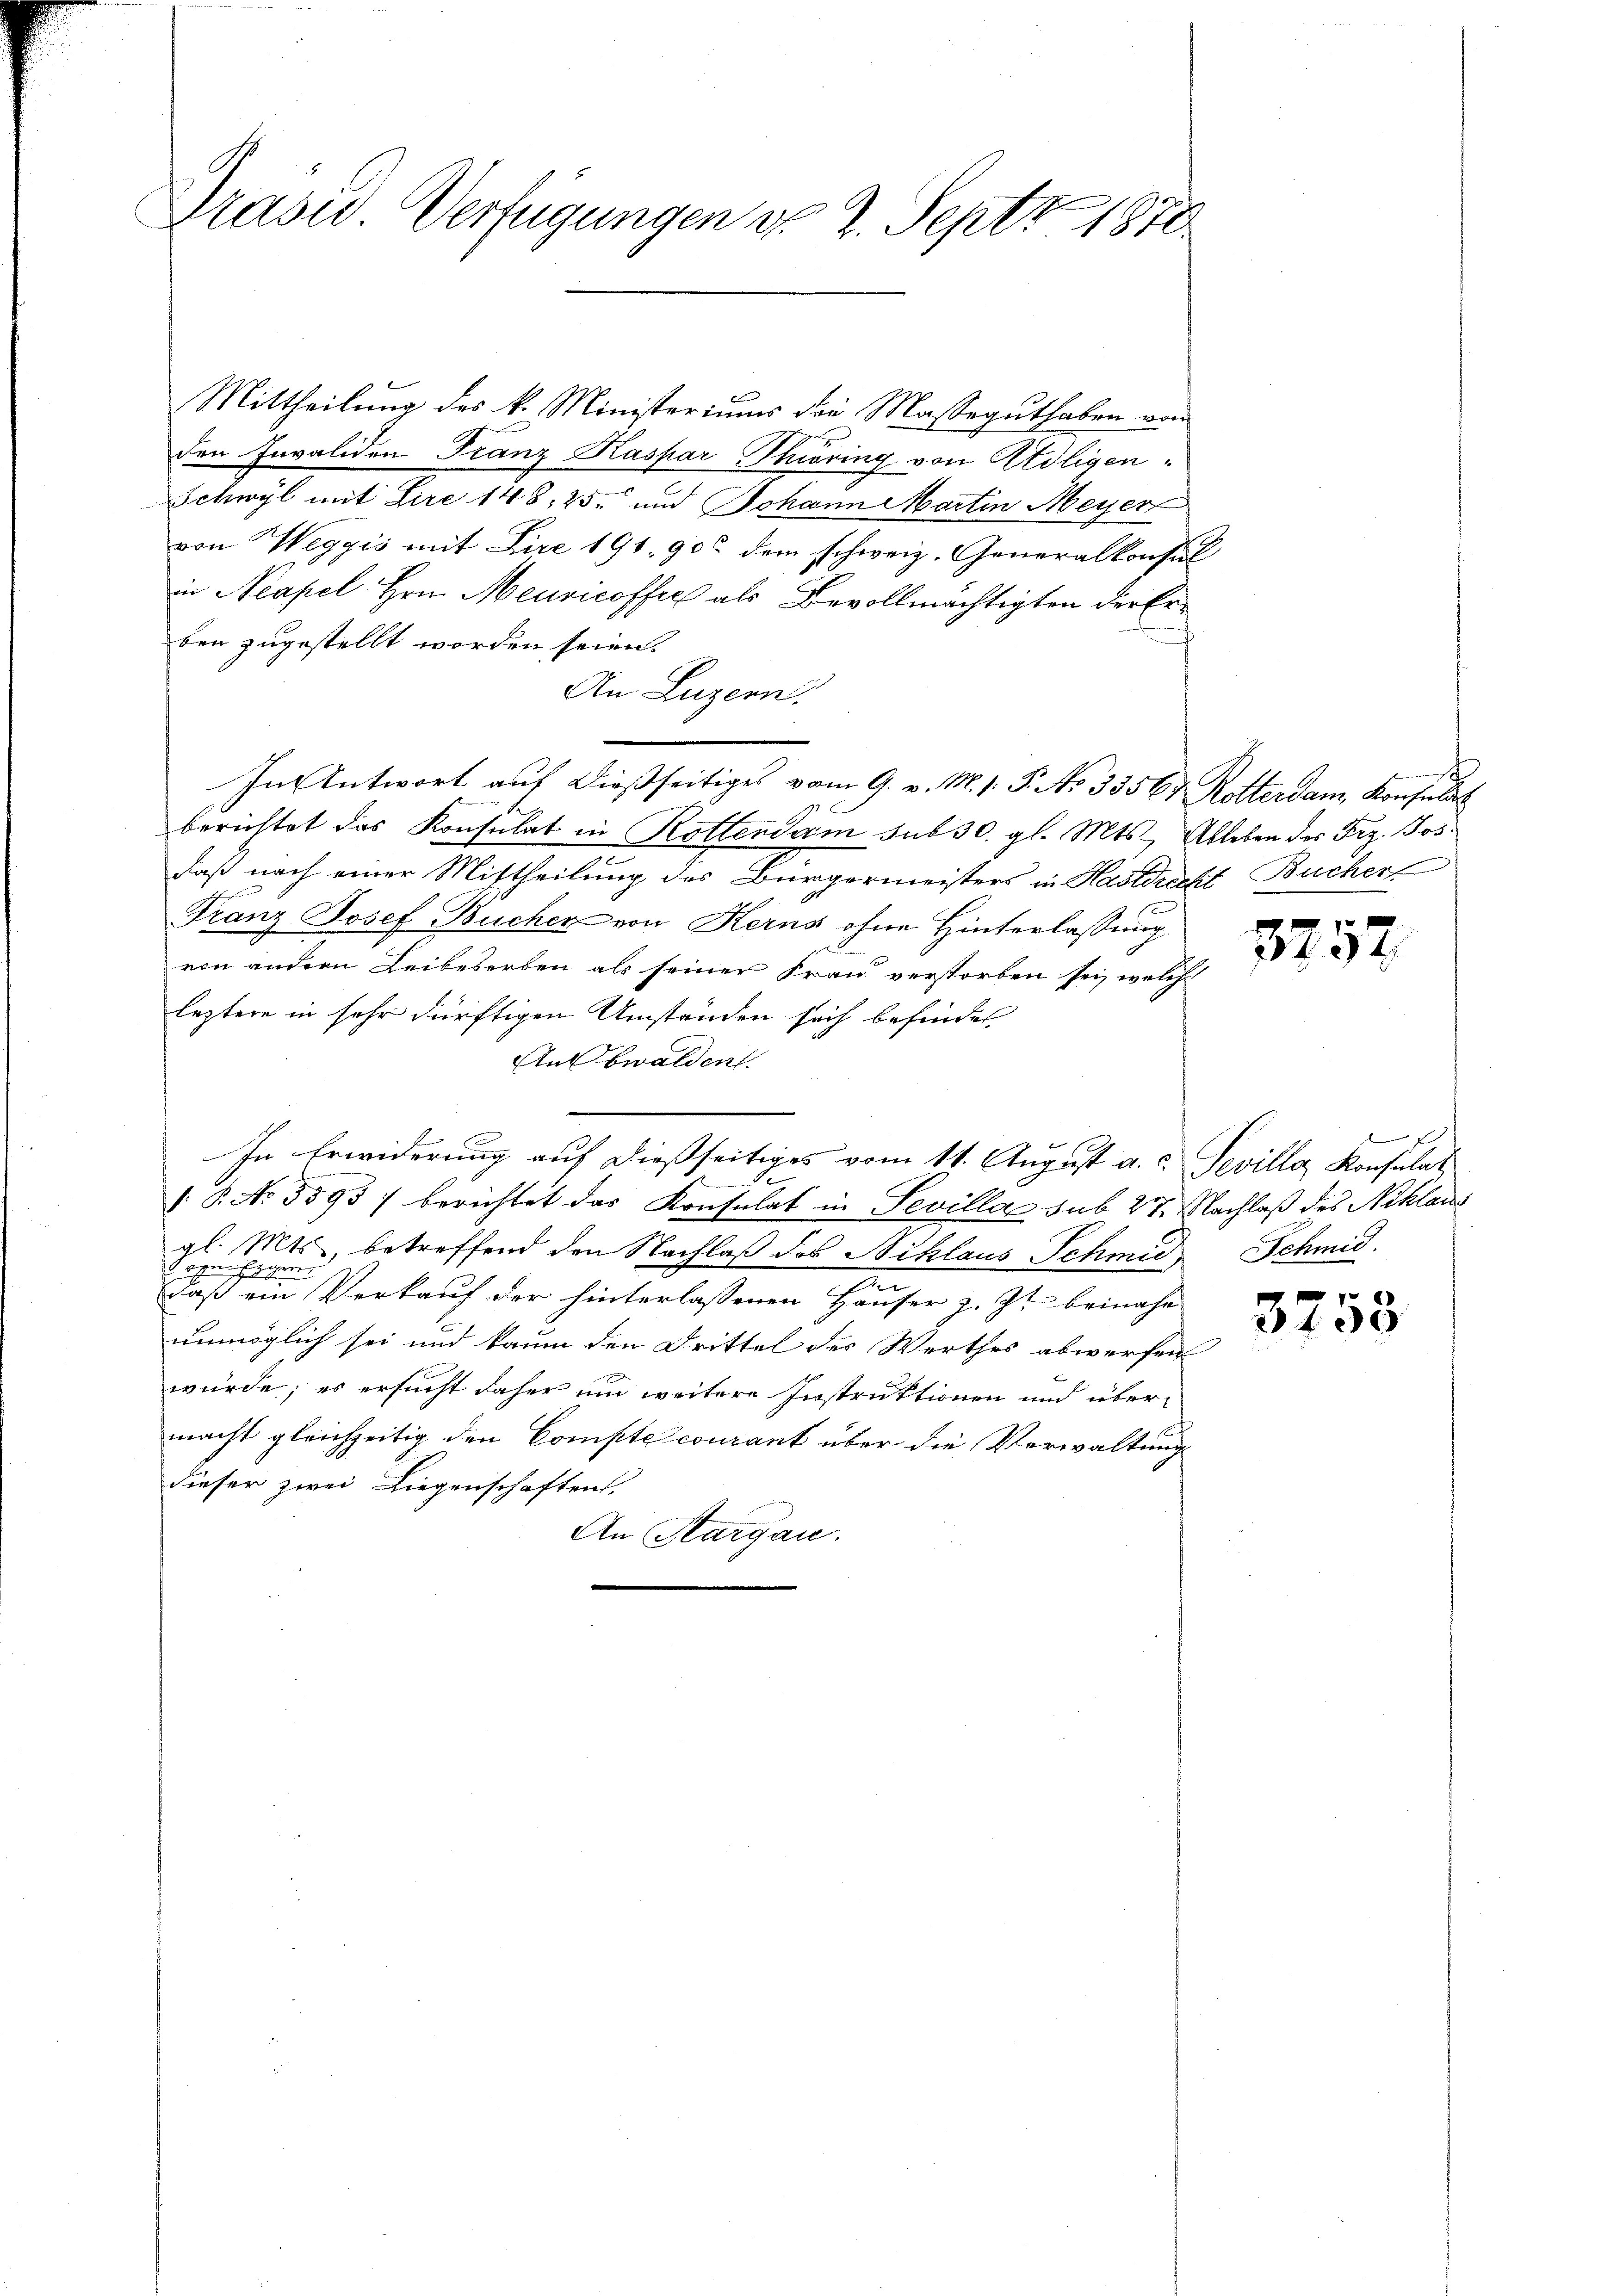
Präses Verfügungen d. 2. Sept 1870

Mittheilung des k. Ministeriums die Masseguthaben vom
den Invaliden Franz Kaspar Thiering von Ateligen¬
Schwyl mit Lire 148, 25. und Johann Martin Meyer
von Weggis mit Lire 191. 90 dem schweiz. Generalkonsul
in Neapel Hrn. Meuricoffel als Bevollmächtigten der Erben zugestellt worden seien.
An Luzern.
In Antwort auf dießseitiges vom 9. v. M. s. P. No 33567 Rotterdam Konsulat
berichtet das Konsulat in Rotterdam sub 30. gl. Mts. Ableben der Frz. Jos.
daß nach einer Mittheilung des Bürgermeisters in Hastrecht Bücher
Franz Josef Bucher von Kerns ohne Hinterlassung
von andern Leibeserben als seiner Frau verstorben sei, welche
leztere in sehr dürftigen Umständen sich befindet
Anf bwalden.
In Erwiderung auf dießseitiges vom 11. August a. c. Seville Konsulat
e
 P. No. 5595) berichtet das Konsulat in Sevilla sub 27. Nachlaß des Niklaus
gl. Mts., betreffend den Nachlaß des Niklaus Schmid Schmid.
Sogen geren
a
daß ein Verkauf der hinterlassenen Häuser z. Zt. beinahe
unmöglich sei und kaum den Drittel des Werthes abwerfen
würde; es ersucht daher um weitere Instruktionen und übermacht gleichzeitig den Compte courant über die Verwaltung
dieser zwei Liegenschaften.
An Margau.

.

3752

3758